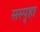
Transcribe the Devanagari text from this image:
सस्पृहा